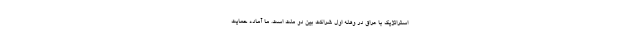
استراتژیک با عراق در وهله اول شراکت بین دو ملت است. ما آماده حمایت